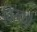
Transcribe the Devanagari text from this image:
बिस्को